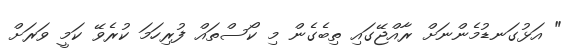
" އަޅުގަނޑުމެެންނަށް ރާއްޖޭގައި ތިބެގެން މި ކޯސްތައް ފުރިހަމަ ކުރެވޭ ކަމީ ވަރަށް